Lunatic asylums United Provinces 1909-1921 - 1909-1921
Year: 1909
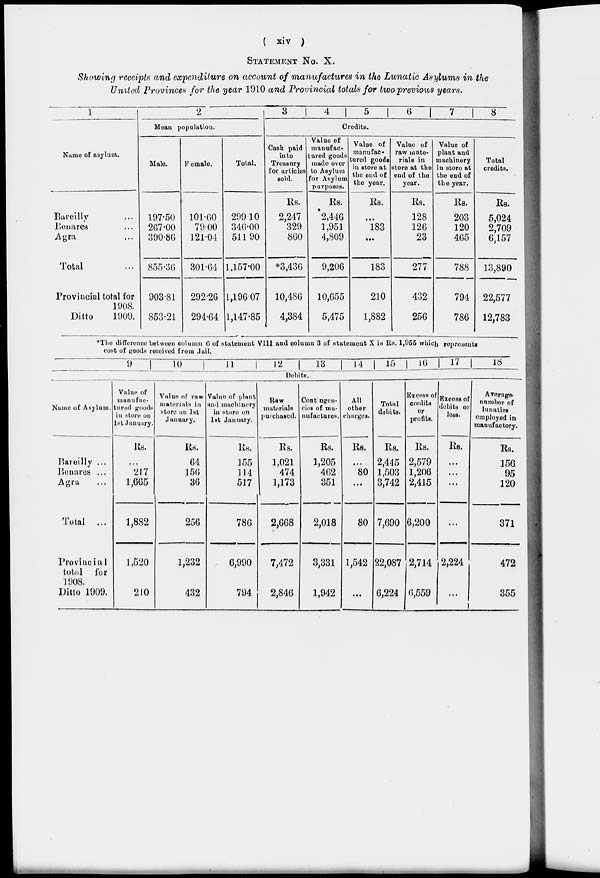
( xiv )
STATEMENT No. X.
Showing receipts and expenditure on account of manufactures in the Lunatic Asylums in the
United Provinces for the year 1910 and Provincial totals for two previous years.
1
Name of asylum.
Bureilly ...
Benares ...
Agra ...
Total ...
Provincial total for
1908.
Ditto
1909.
2
Mean population.
Male.
197.50
267.00
390.86
855.36
903.81
853.21
Female.
101.60
79.00
121.04
301.64
292.26
294.64
Total.
299.10
346.00
511.90
1.157.00
1,196. 07
1,147.85
3
4
5
6
7
8
Credits.
Cash paid
into
Treasury
for articles
sold.
Rs.
2,247
329
860
*3,436
10,486
4,384
Value of
manufac-
tured goods
made over
to Asylum
for Asylum
purposes.
Rs.
2,446
1,951
4,809
9,206
10,655
5,475
Value of
manufac-
tured goods
in store at
the end of
the year.
Rs.
...
183
...
183
210
1,882
Value of
raw mate-
rials in
store at the
end of the
year.
Rs.
128
126
23
277
432
256
Value of
plant and
machinery
in store at
the end of
the year.
Rs.
203
120
465
788
794
786
Total
credits.
Rs.
5,024
2,709
6,157
13,890
22,577
12,783
*The difference between column 6 of statement VIII and column 3 of statement X is Rs. 1,955 which represents
cost of goods received from Jail.
9
10
11
12
13
14
15
10 17
18
Debits.
Name of Asylum.
Bareilly ...
Benares ...
Agra ...
Total ...
Provincial
total for
1908.
Ditto 1909.
Value of
manufac-
tured goods
in store on
1st January.
Rs.
...
217
1,665
1,882
1,520
210
Value of raw
materials in
store on 1st
January.
Rs.
64
156
36
256
1,232
432
Value of plant
and machinery
in store on
1st January.
Rs.
155
114
517
786
6,990
794
Raw
materials
purchased.
Rs.
1,021
474
1,173
2,668
7,472
2,846
Contingen.
cies of ma-
nufactures.
Rs.
1,205
462
351
2,018
3,331
1,942
All
other
charges.
Rs.
...
80
...
80
1,542
...
Total
debits.
Rs.
2,445
1,503
3,742
7,690
22,087
6,224
Excess of
credits
or
profits.
Rs.
2,579
1,206
2,415
6,200
2,714
6,559
Excess of
debits or
loss.
Rs.
...
...
...
...
2,224
...
Average-
number of
lunatics
employed in
manufactory.
Rs.
156
95
120
371
472
355